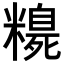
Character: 𥽃